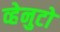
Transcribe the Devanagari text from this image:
व्हेनुटो